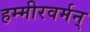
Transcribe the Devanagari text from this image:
हम्मीरवर्मन्